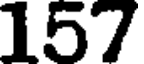
157